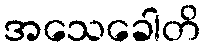
အသေခေါတိ